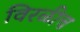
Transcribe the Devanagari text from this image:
विरळीच